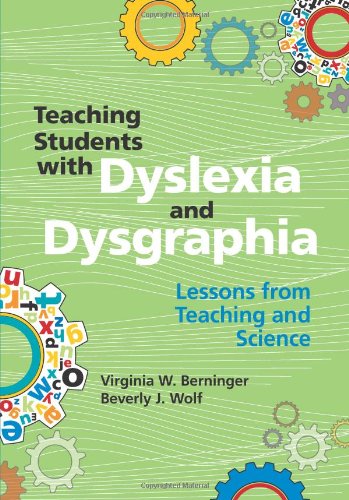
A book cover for Teaching Students with Dyslexia and Dysgraphia: Lessons from Teaching and Science; Virginia W. Berninger Ph.D.; Education & Teaching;